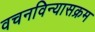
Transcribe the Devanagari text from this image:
वचनविन्यासक्रम